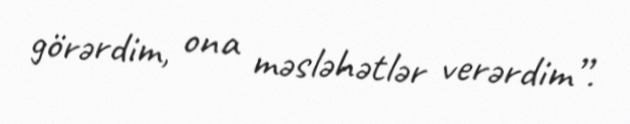
görərdim, ona məsləhətlər verərdim”.